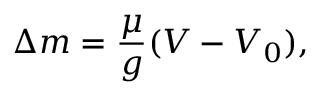
\Delta m = \frac { \mu } { g } ( V - V _ { 0 } ) ,